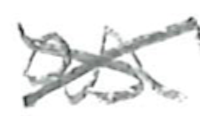
Text: as
Cross-out: cross
Writing tool: pencil